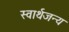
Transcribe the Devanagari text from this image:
स्वार्थजन्य